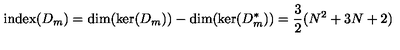
\mathrm { i n d e x } ( D _ { m } ) = \mathrm { d i m } ( \mathrm { k e r } ( D _ { m } ) ) - \mathrm { d i m } ( \mathrm { k e r } ( D _ { m } ^ { * } ) ) = \frac { 3 } { 2 } ( N ^ { 2 } + 3 N + 2 )